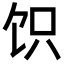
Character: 𬲬